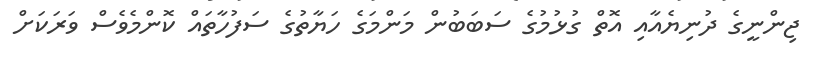
ޖިންނީގެ ދުނިޔެއާއި އޮތް ގުޅުމުގެ ސަބަބުން މަންމަގެ ހަޔާތުގެ ސަފުހާތައް ކޮންމެވެސް ވަރަކަށް